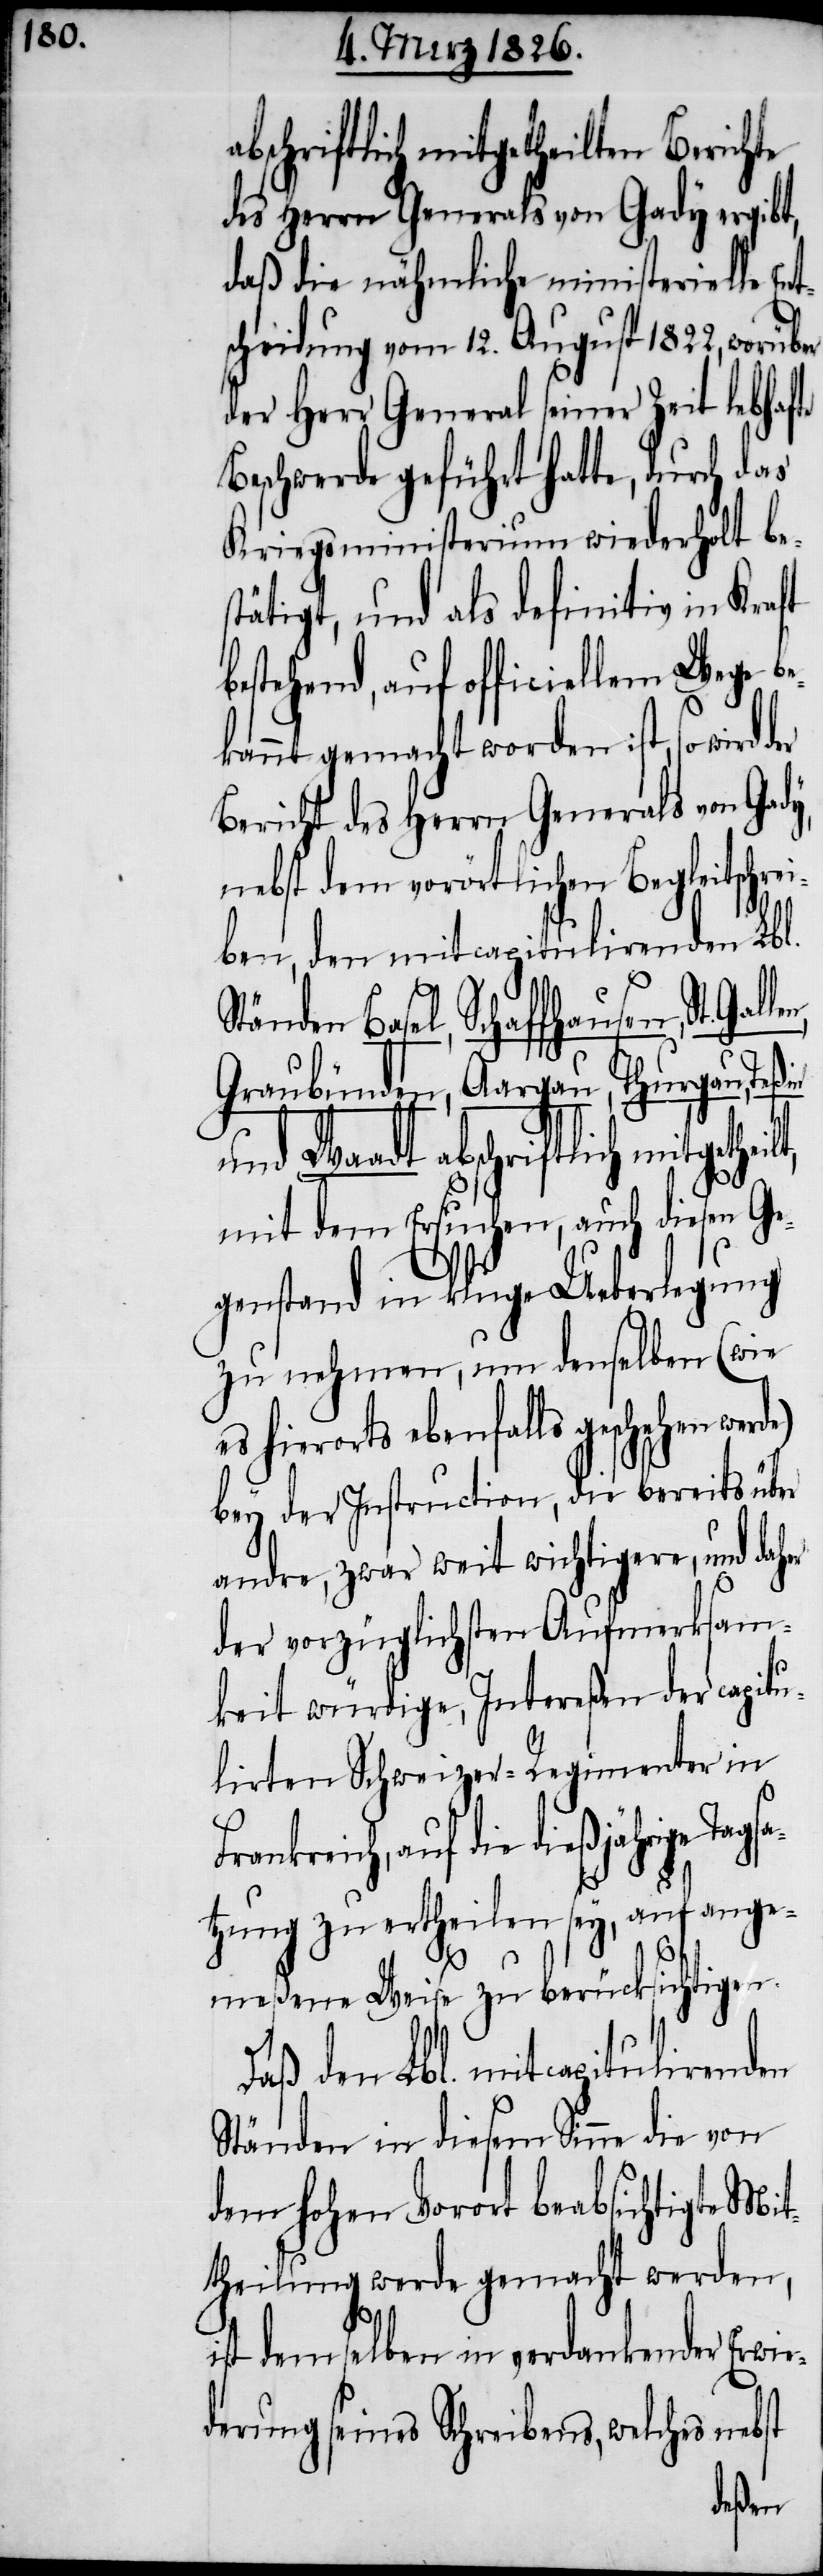
abschriftlich mitgetheilten Berichte
des Herrn Generals von Gady ergibt,
daß die nähmliche ministerielle En¬
scheidung vom 12. August 1822, worüber
der Herr General seiner Zeit
Beschwerde geführt hatte, durch das
Kriegsministerium wiederholt b¬
tätigt, und als definitiv in Kraft
estehend, auf officiellem Wege
kannt gemacht worden ist, so wird der
Bericht des Herrn Generals von Gad¬
nebst dem vorörtlichen Begleitschre¬
iben, den mitcapitulirenden Lbl.
auf die dießjährige Tagsa¬
Graubünden, Aargau, Thurgau,
und Waadt abschriftlich mitgeth¬
mit dem Ersuchen, auch diesen G¬
egenstand in kluge Ueberlegung
zu nehmen, um denselben (wie
es hierorts ebenfalls geschehen
bey der Instruction, die bereits über
andre, zwar weit wichtigere, und
der vorzüglichsten Aufmerksam¬
keit würdige, Intereßen der capi¬
tulirten Schweizer-Regimenter in
tzung zu ertheilen sey, auf ange¬
y,
meßene Weise zu berücksichtigen.
Daß den Lbl. mitcapitulirenden
Ständen in diesem Sinne die von
dem hohen Vorort beabsichtigte Mit¬
theilung werde gemacht werden,
ist demselben in verdankender Erwie¬
derung seines Schreibens, welches nebst
eilt,